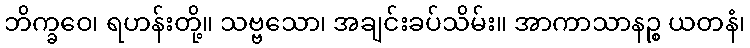
ဘိက္ခဝေ၊ ရဟန်းတို့။ သဗ္ဗသော၊ အချင်းခပ်သိမ်း။ အာကာသာနဉ္စ ယတနံ၊